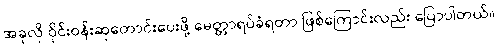
အခုလို ဝိုင်းဝန်းဆုတောင်းပေးဖို့ မေတ္တာရပ်ခံရတာ ဖြစ်ကြောင်းလည်း ပြောပါတယ်။